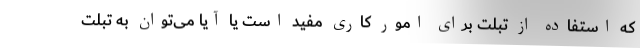
که استفاده از تبلت برای امور کاری مفید است یا آیا می‌توان به تبلت